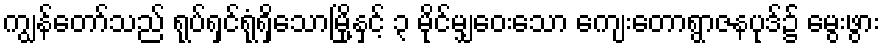
ကျွန်တော်သည် ရုပ်ရှင်ရုံရှိသောမြို့နှင့် ၃ မိုင်မျှဝေးသော ကျေးတောရွာဇနပုဒ်၌ မွေးဖွား